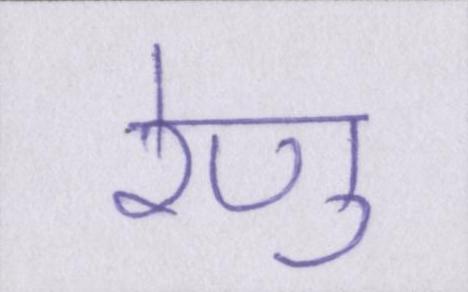
रेणु